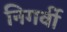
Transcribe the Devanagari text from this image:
निगर्वी